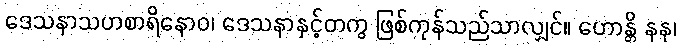
ဒေသနာသဟစာရိနောဝ၊ ဒေသနာနှင့်တကွ ဖြစ်ကုန်သည်သာလျှင်။ ဟောန္တိ နနု၊